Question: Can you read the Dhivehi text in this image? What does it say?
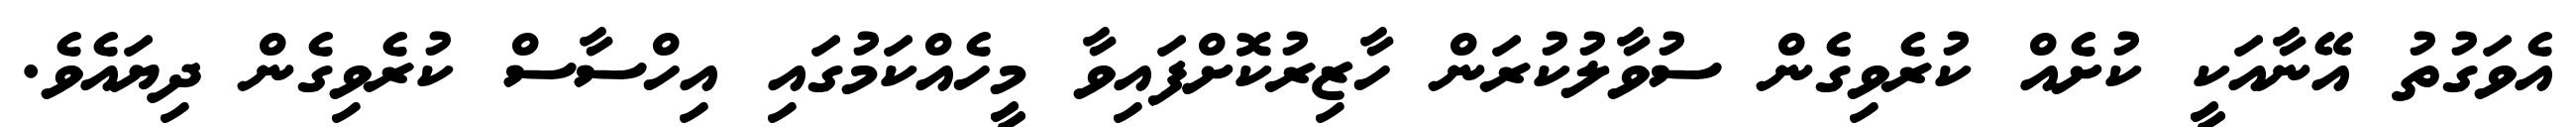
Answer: އެވަގުތު އޭނާއަކީ ކުށެއް ކުރެވިގެން ސުވާލުކުރަން ހާޒިރުކޮށްފައިވާ މީހެއްކަމުގައި އިހްސާސް ކުރެވިގެން ދިޔައެވެ.